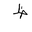
Letter: _za